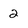
Character: 2